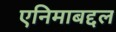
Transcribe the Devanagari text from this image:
एनिमाबद्दल